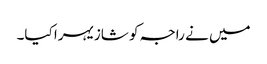
میں نے راجہ کو شازیہرا کیا۔